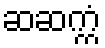
ဆဆက္ကံ